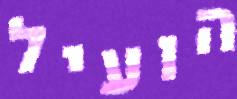
הועיל